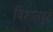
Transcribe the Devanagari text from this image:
विशालबुद्धे